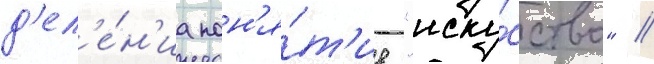
д'ел'е́н'иа пон'я́т'ие "иску́сство" /